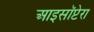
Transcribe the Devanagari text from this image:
आइसॉप्टेरा